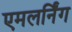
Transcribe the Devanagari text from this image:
एमलर्निंग